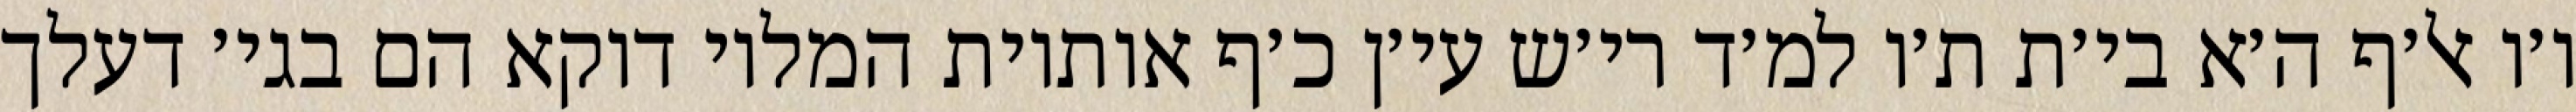
ו׳ו אל׳ף ה׳א בי׳ת ת׳ו למ׳ד רי׳ש עי׳ן כ׳ף אותיות המלוי דוקא הם בגי׳ דעלך